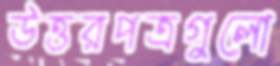
উত্তরপত্রগুলো